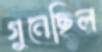
গুনেছিল